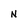
Character: N